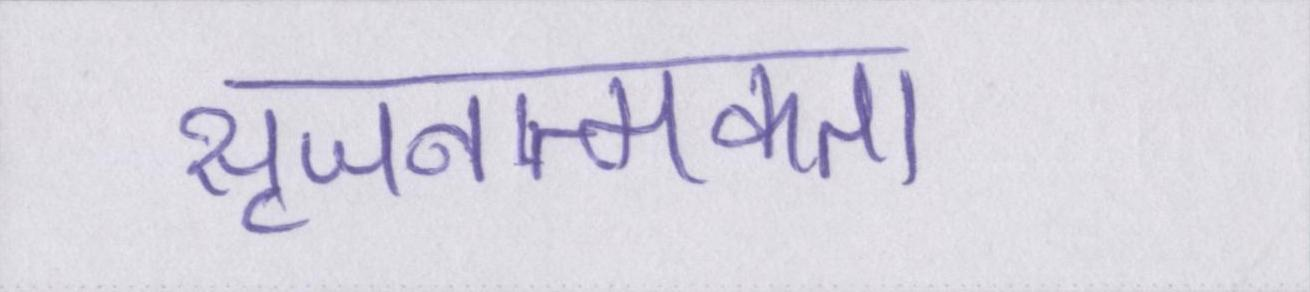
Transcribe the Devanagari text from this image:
सृजनात्मकता